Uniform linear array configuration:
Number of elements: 12
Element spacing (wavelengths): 1
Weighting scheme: hamming
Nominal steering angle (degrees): -15
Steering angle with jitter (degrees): -15.632
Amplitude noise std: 0.05
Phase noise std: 0.05

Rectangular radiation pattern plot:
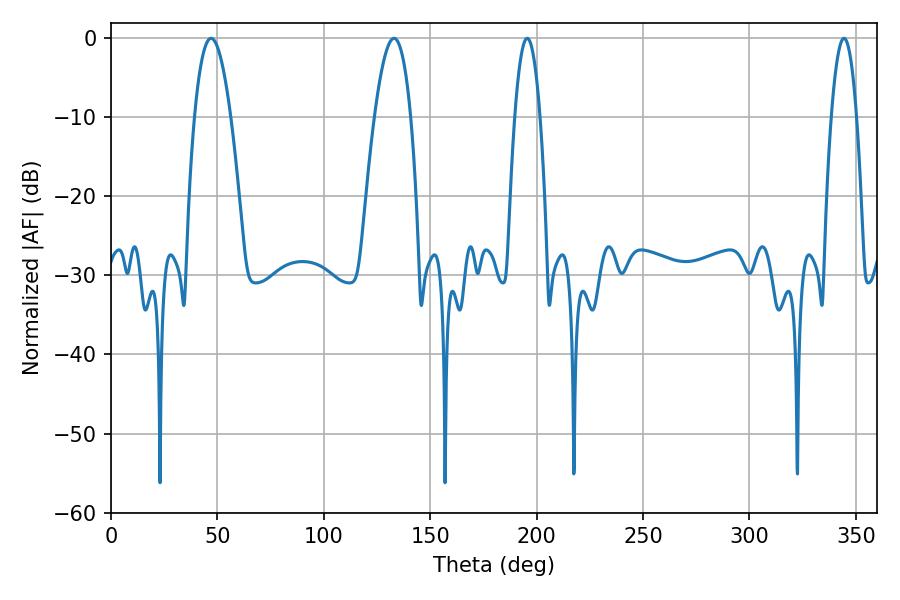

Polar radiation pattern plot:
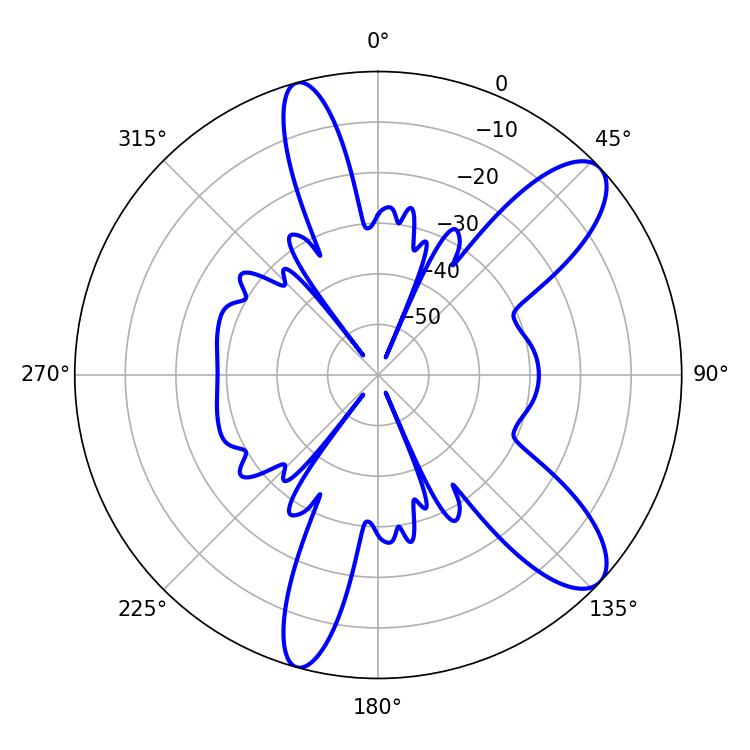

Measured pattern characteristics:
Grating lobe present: TRUE
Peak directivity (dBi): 10.2
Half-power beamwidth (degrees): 9.36
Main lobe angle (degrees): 133.02